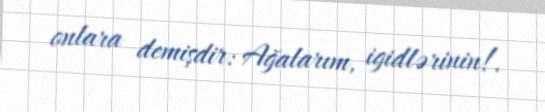
onlara demişdir: Ağalarım, igidlərinin!.